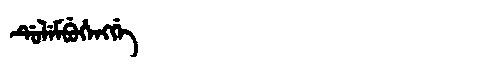
Manchu: ᡩᡠᠯᡝᠮᠪᡠᡥᡝᠩᡤᡝ
Romanization: DULEMBUHENGGE